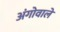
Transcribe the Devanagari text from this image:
अंगोवाले